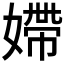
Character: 𡠹